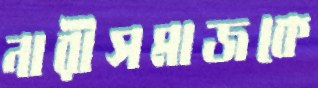
নারীসমাজকে